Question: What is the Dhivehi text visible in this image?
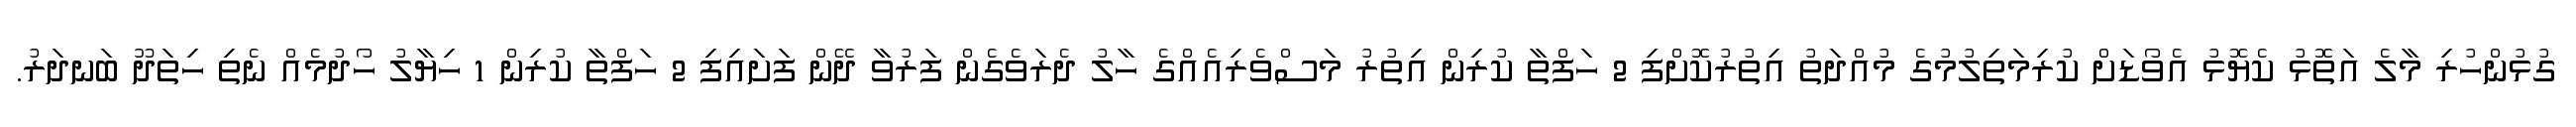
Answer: ގުޅުންހުރި މާލެ އަތޮޅު ކެޔޮޅު އެވޯޑަށް ކުރިމަތިލުމުގެ މުއްދަތު އިތުރުކޮށްފި 2 ހަފްތާ ކުރިން އިތުރު މަސްވެރިއެއްގެ ހާލު ދެރަވެގެން ފަރުވާ ދޭން ފަށައިފި 2 ހަފްތާ ކުރިން 1 ހިޔާލު ހޯދުމެއް ނެތި ހިތަދޫ ބަނދަރު.